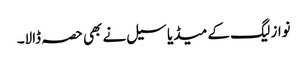
نواز لیگ کے میڈیا سیل نے بھی حصہ ڈالا۔